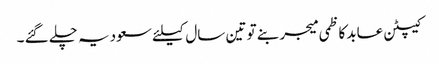
کیپٹن عابد کاظمی میجر بنے تو تین سال کیلئے سعودیہ چلے گئے ۔